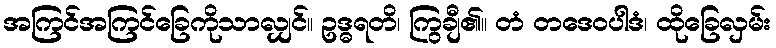
အကြင်အကြင်ခြေကိုသာလျှင်။ ဥဒ္ဓရတိ၊ ကြွချီ၏။ တံ တဒေဝပါဒံ၊ ထိုခြေလှမ်း